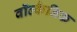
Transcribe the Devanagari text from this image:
वॉल्कैनिक